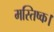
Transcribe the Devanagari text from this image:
मस्तिष्क।